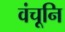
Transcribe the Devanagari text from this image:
वंचूनि